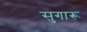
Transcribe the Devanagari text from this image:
सुगारू